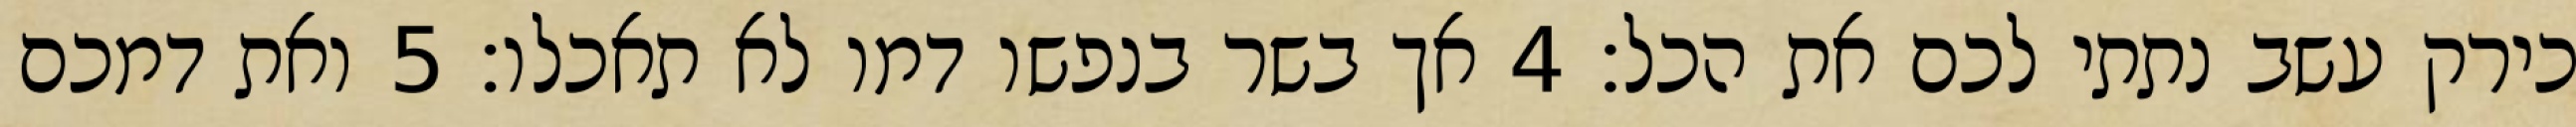
כירק עשב נתתי לכם את הכל׃ ‎4‏ אך בשר בנפשו דמו לא תאכלו׃ ‎5‏ ואת דמכם